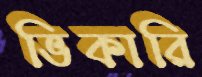
ভিকারি